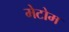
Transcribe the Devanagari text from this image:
मेटोम